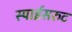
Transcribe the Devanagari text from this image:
स्पाईसरुट